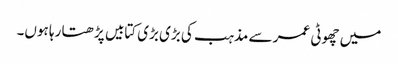
میں چھوٹی عمر سے مذہب کی بڑی بڑی کتابیں پڑھتا رہا ہوں۔